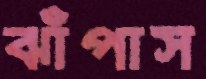
ঝাঁপাস